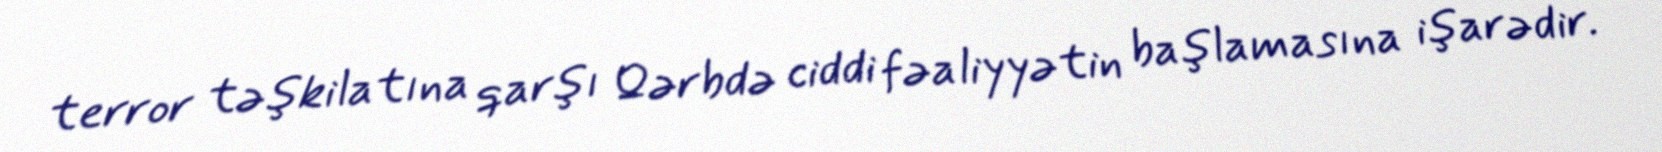
terror təşkilatına qarşı Qərbdə ciddi fəaliyyətin başlamasına işarədir.